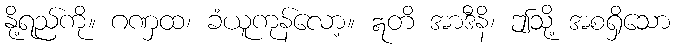
နို့ရည်ကို။ ဂဏှထ၊ ခံယူကုန်လော့။ ဣတိ အာဒီနိ၊ ဤသို့ အစရှိသော